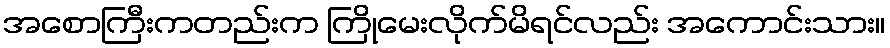
အစောကြီးကတည်းက ကြိုမေးလိုက်မိရင်လည်း အကောင်းသား။